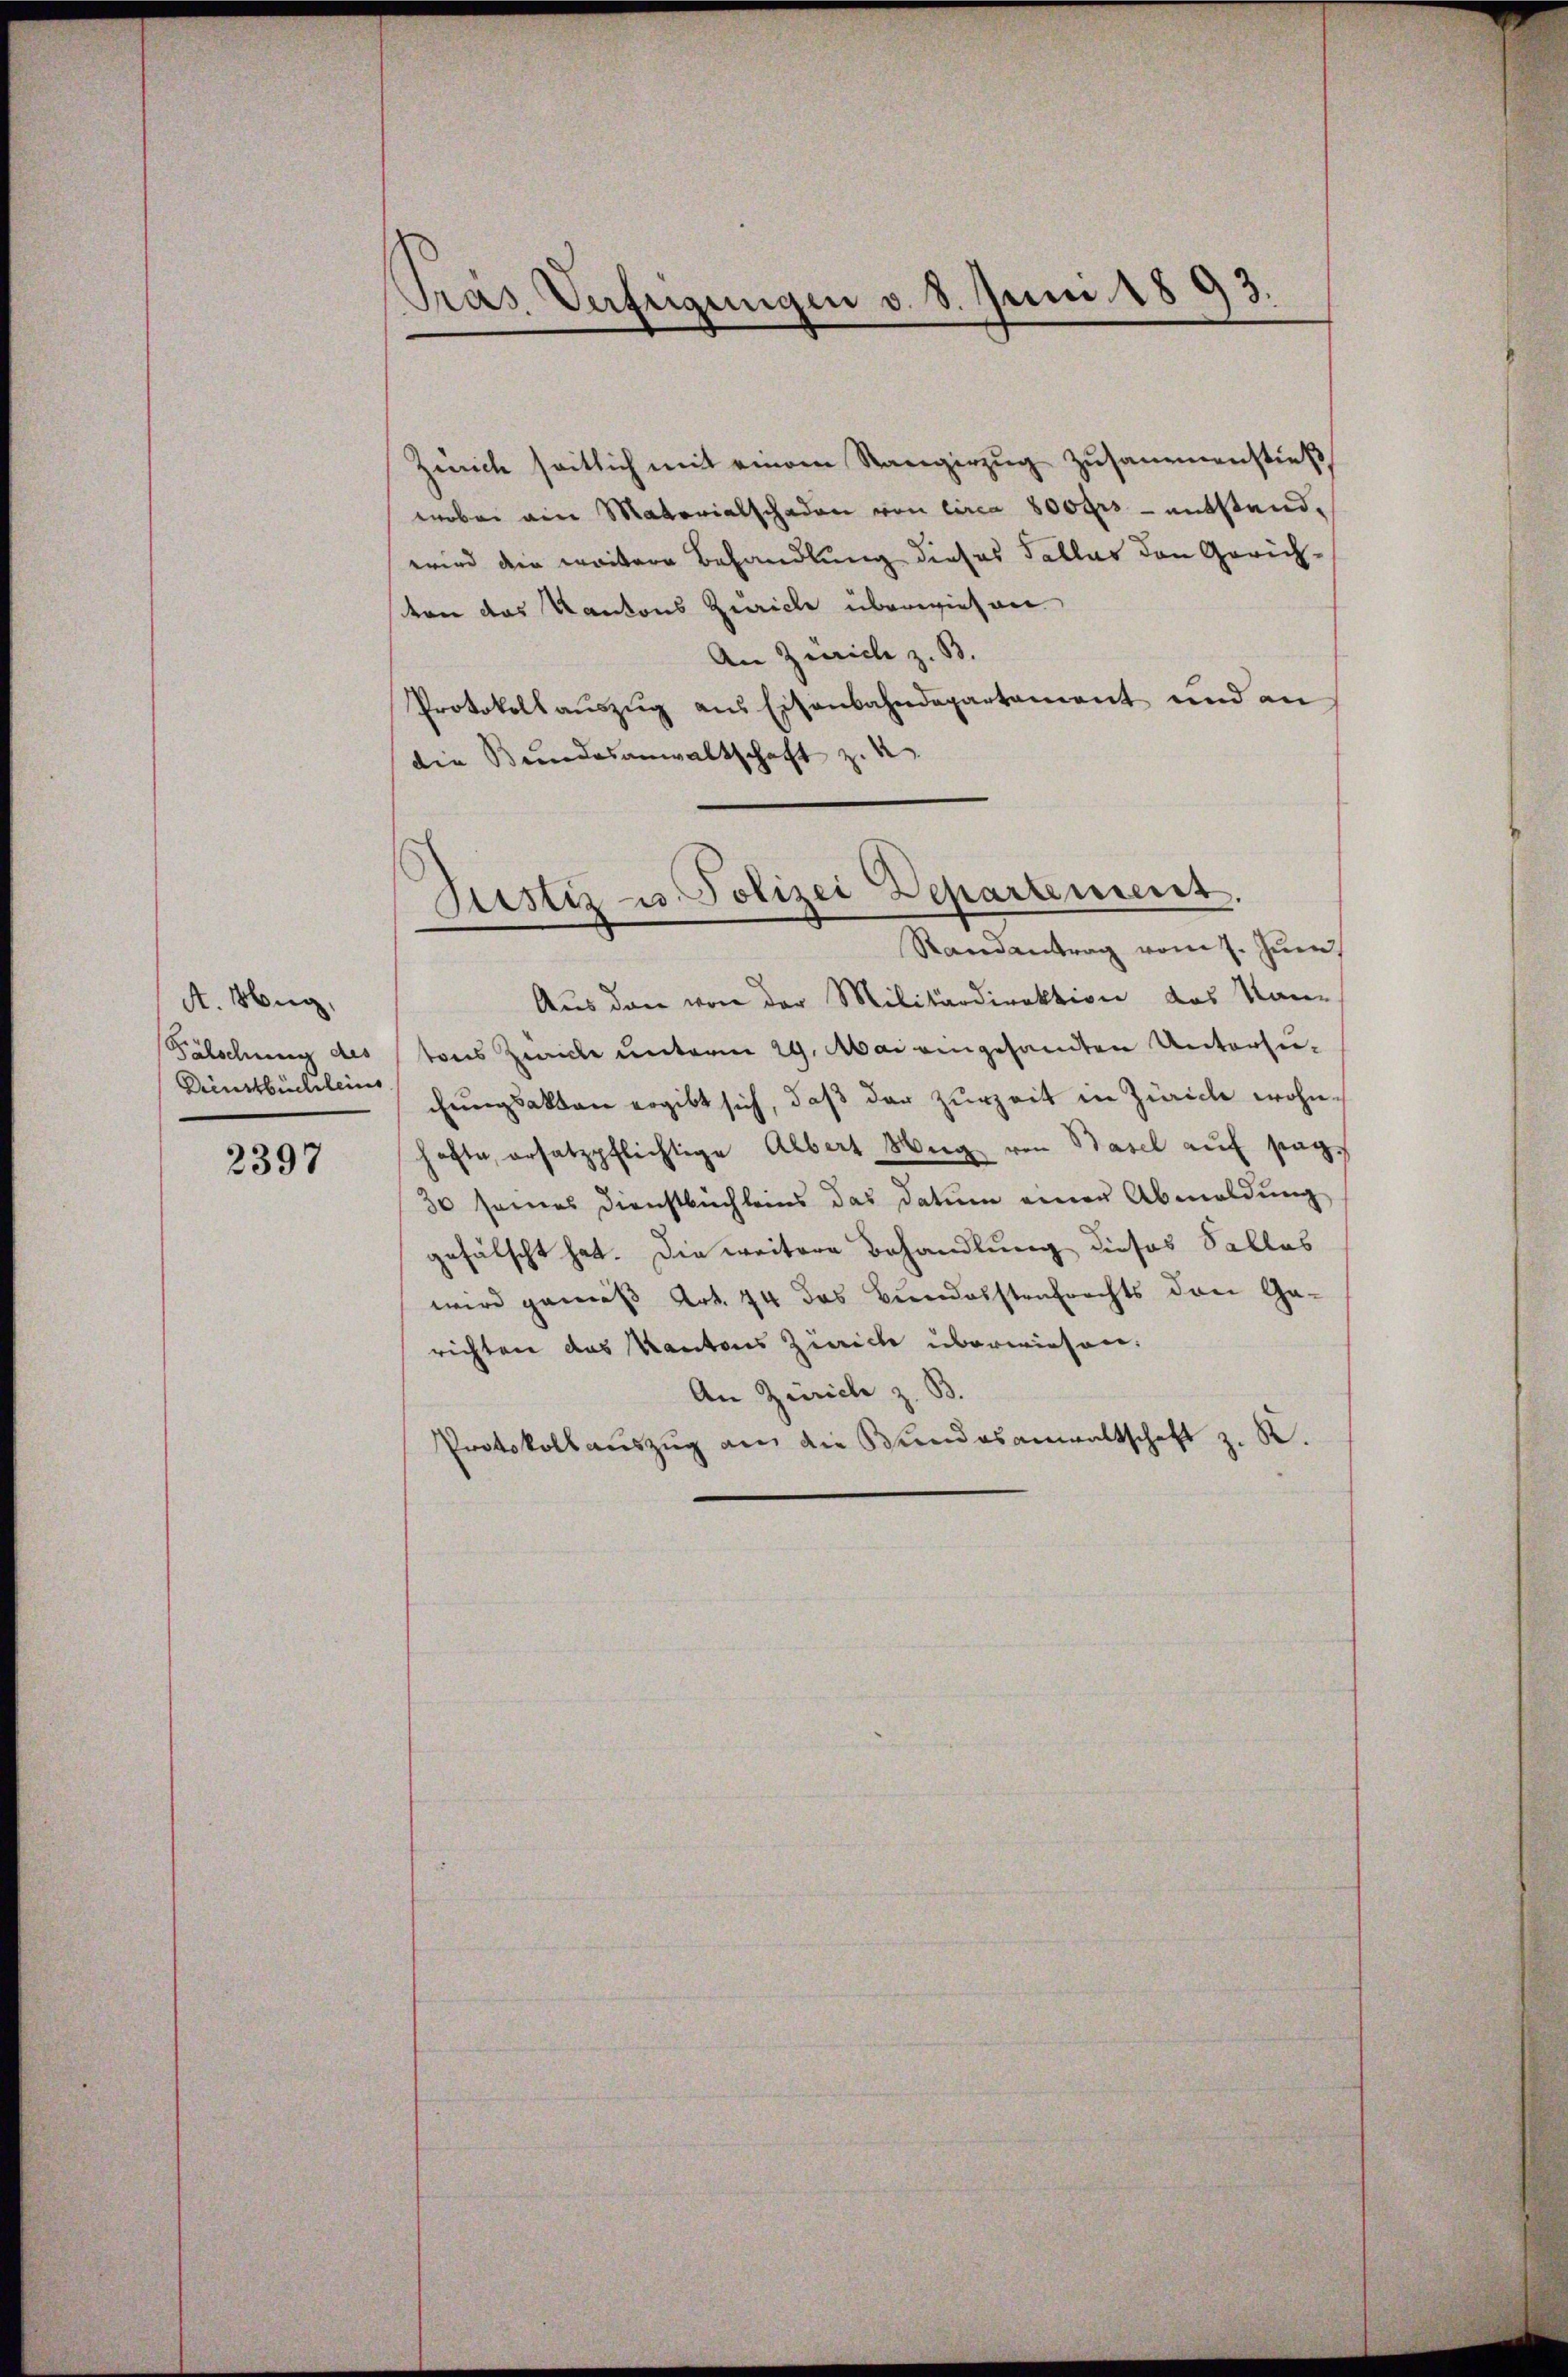
A. Hug,
Fälschung des
Dienstbuchleins

2397

Gras Verfügungen v. 8. Juni 1893.

Zürich seitlich mit einem Rangerzŭg zŭsammenstieß,
wobei ain Materialschaden von circa 800 frs - entstandwird der weitere Behandlung dieses Falles den Gerichvon das Kantons Zürich überwiesen
An Zürich z. B.
Protokollauszug aus Eisenbahndepartament und an
die Bundesanwaltschaft z.

Aus den von der Militärdirektion das Kan-
tons Zwicke unterm 29. Mai eingesandten Untersuchungsakten ergibt sich, daß der zurzeit in Zürich wohnhofte, ersatzpflichtige Albert Weg von Basel auf sag¬
30 seines Dienstbüchleins das Datum einer Abmeldŭng
gefälscht hat. Die weitere Behandlung dieses Salles
wird gemäβ Art. 74 das Bundesstenfrechts den Ga-
richten das Kantons Zürich überwiesen.
An Zürich z. B.
Protokoll aŭszŭg an die Bundesanwaltschaft z. R.

Justiz u. Polizei Departement.
Randantrag vom 7. Juni